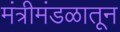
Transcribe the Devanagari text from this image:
मंत्रीमंडळातून